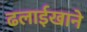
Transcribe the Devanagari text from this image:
ढलाईखाने